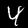
Label: 4